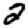
Digit: 2